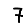
Digit: 7